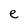
Character: e